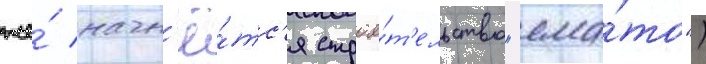
же́ начн'ё́тс'я строи́т'ельство "яма́то")